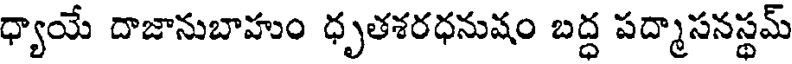
ధ్యాయే దాజానుబాహుం ధృతశరధనుషం బద్ధ పద్మాసనస్థమ్